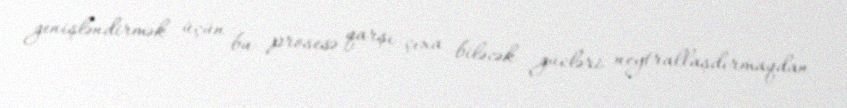
genişləndirmək üçün bu prosesə qarşı çıxa biləcək gücləri neytrallaşdırmaqdan